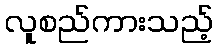
လူစည်ကားသည့်